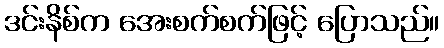
ဒင်းနိစ်က အေးစက်စက်ဖြင့် ပြောသည်။